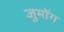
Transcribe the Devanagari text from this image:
जुमोंग